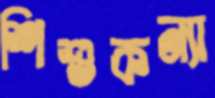
শিশুকন্যা